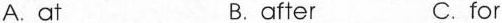
A.at B.after C.for